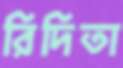
রিদিতা